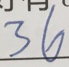
3 6